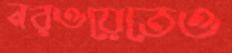
নরওয়েতেও